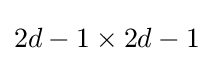
2d-1\times 2d-1